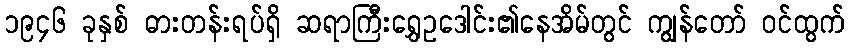
၁၉၄၆ ခုနှစ် ဓားတန်းရပ်ရှိ ဆရာကြီးရွှေဥဒေါင်း၏နေအိမ်တွင် ကျွန်တော် ဝင်ထွက်